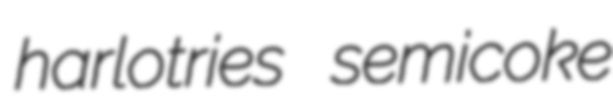
harlotries semicoke